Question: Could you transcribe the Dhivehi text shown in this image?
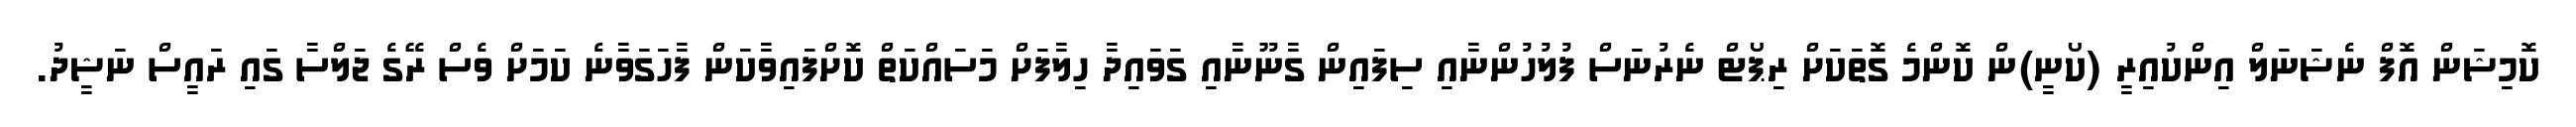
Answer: ކޮމިޝަން އޮފް ނެޝަނަލް އިންކުއިރީ (ކޯނީ)ން ކޮންމެ ގޮތަކަށް ރިޕޯޓް ނެރުނަސް ފުލުހުންނާއި ސިފައިން ގާނޫނާއި ގަވައިދާ ހިލާފަށް މަސައްކަތް ކޮށްފައިވާކަން ފާހަގަވާނެ ކަމަށް ވެސް ރޭގެ ޖަލްސާ ގައި ރައީސް ނަޝީދު.